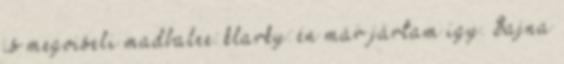
is megviseli madbalee: klarky: én már jártam így. Sajna